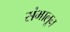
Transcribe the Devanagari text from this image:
संभालून